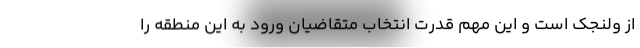
از ولنجک است و این مهم قدرت انتخاب متقاضیان ورود به این منطقه را